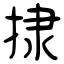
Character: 捸